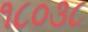
૧૮૦૩૮